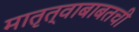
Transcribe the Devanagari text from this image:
मातृत्वाबाबतची